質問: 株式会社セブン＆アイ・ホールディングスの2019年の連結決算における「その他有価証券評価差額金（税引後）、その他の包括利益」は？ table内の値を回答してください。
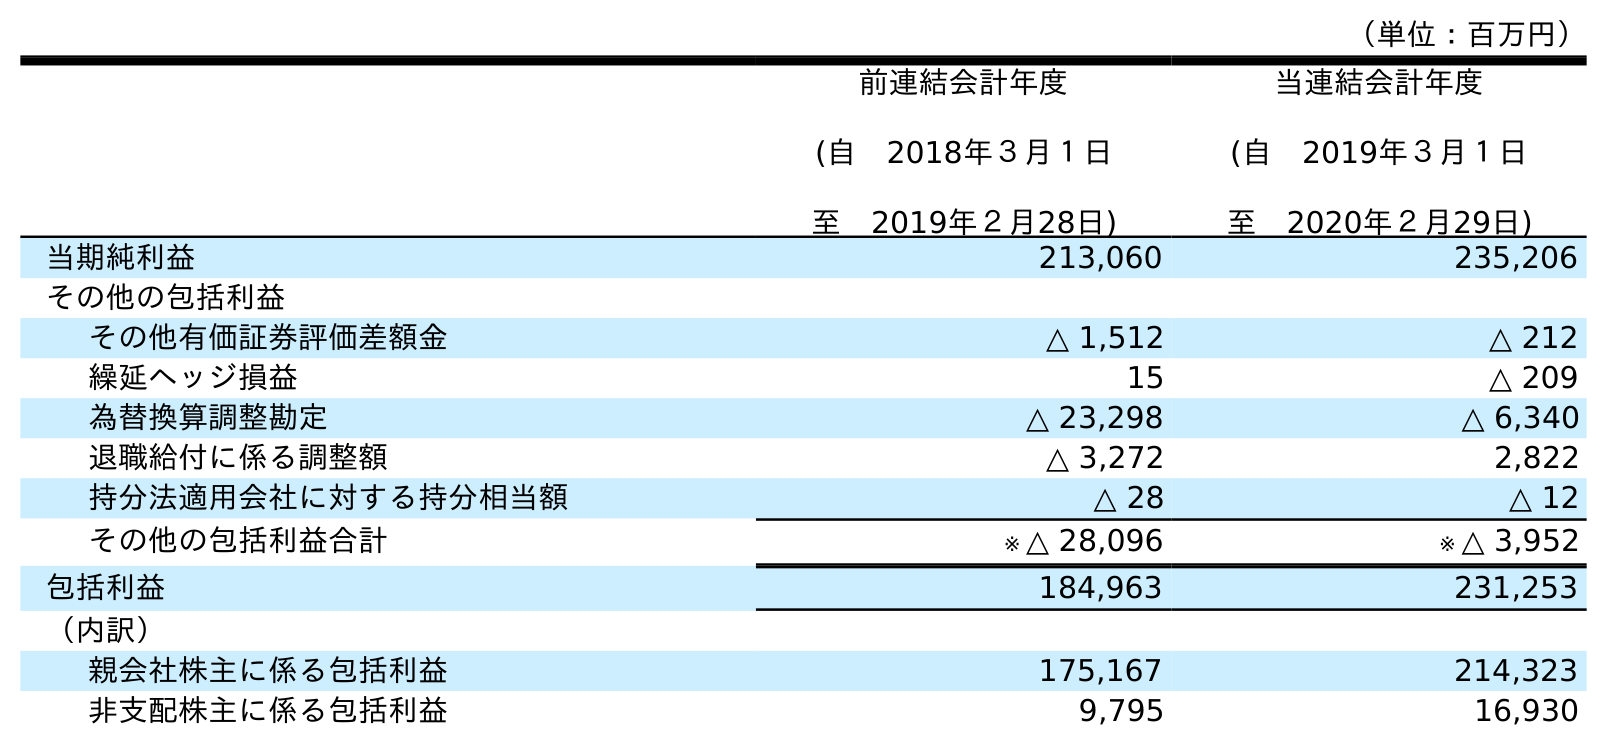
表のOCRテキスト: （単位：百万円） 前連結会計年度 (自 2018年３月１日 至 2019年２月28日) 当連結会計年度 (自 2019年３月１日 至 2020年２月29日) 当期純利益 213,060 235,206 その他の包括利益 その他有価証券評価差額金 △ 1,512 △ 212 繰延ヘッジ損益 15 △ 209 為替換算調整勘定 △ 23,298 △ 6,340 退職給付に係る調整額 △ 3,272 2,822 持分法適用会社に対する持分相当額 △ 28 △ 12 その他の包括利益合計 ※ △ 28,096 ※ △ 3,952 包括利益 184,963 231,253 （内訳） 親会社株主に係る包括利益 175,167 214,323 非支配株主に係る包括利益 9,795 16,930
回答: △1,512